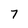
Character: 7